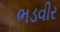
ભડવીર